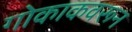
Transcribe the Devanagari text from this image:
गोकाकवरून